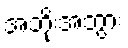
အဘိုးအဘွား